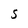
Character: S